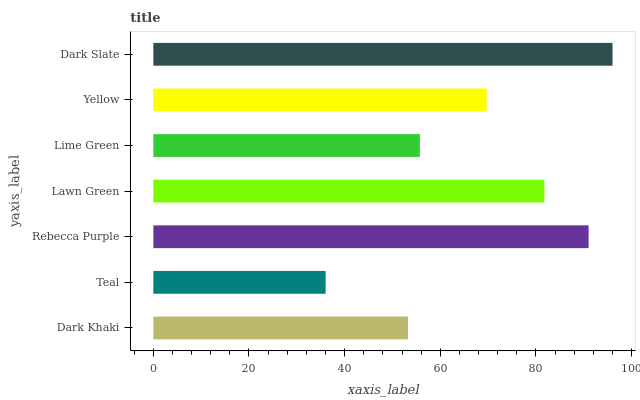
| yaxis_label | bars |
 | --- | --- |
 | Dark Khaki | 53.3 |
 | Teal | 36 |
 | Rebecca Purple | 91 |
 | Lawn Green | 81.8 |
 | Lime Green | 55.7 |
 | Yellow | 69.7 |
 | Dark Slate | 96 |